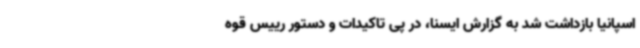
اسپانیا بازداشت شد به گزارش ایسنا، در پی تاکیدات و دستور رییس قوه